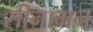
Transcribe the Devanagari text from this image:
सीनामन